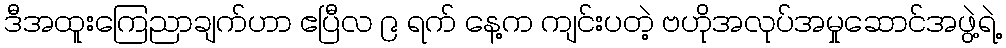
ဒီအထူးကြေညာချက်ဟာ ဧပြီလ ၉ ရက် နေ့က ကျင်းပတဲ့ ဗဟိုအလုပ်အမှုဆောင်အဖွဲ့ရဲ့